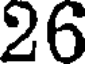
26